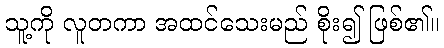
သူ့ကို လူတကာ အထင်သေးမည် စိုး၍ ဖြစ်၏။